Vaccination North-Western Provinces 1866-1877 - 1866-1877
Year: 1866
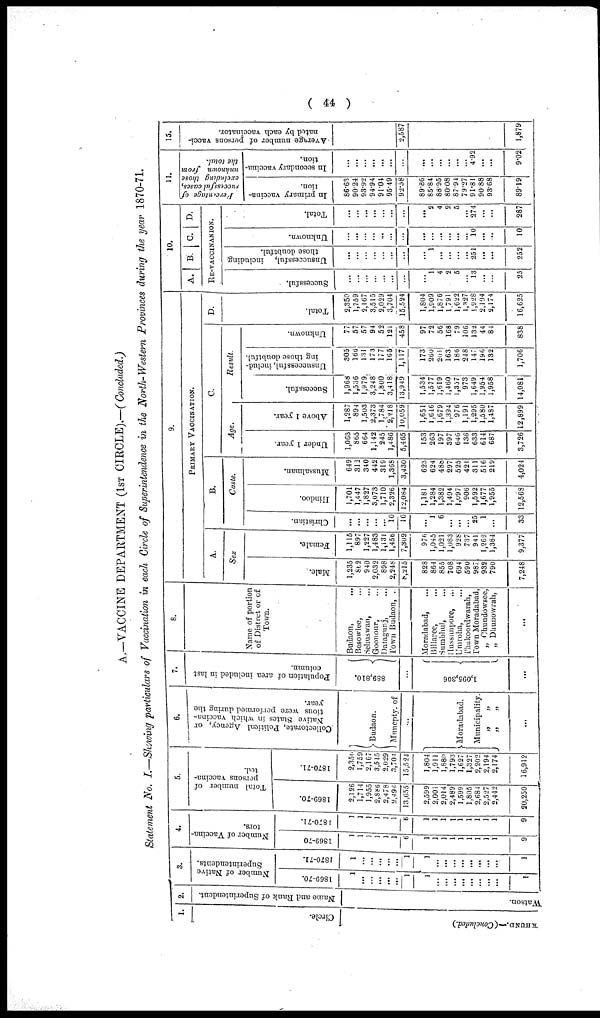
( 44 )
A.—VACCINE DEPARTMENT (1ST CIRCLE).—(Concluded.)
Statement No. I.—Showing particulars of Vaccination in each Circle of Superintendence in the North-Western Provinces during the year 1870-71.
1.
Circle.
KHUND.—(Concluded.)
2.
Name and Bank of Superintendent.
Watson.
3.
Number of Native
Superintendents.
1869-70.
1
...
...
...
...
...
1
1
...
...
...
...
...
...
...
...
1
1870-71.
1
...
...
...
...
...
1
1
...
...
...
...
...
...
...
...
1
4.
Number of Vaccina-
tors.
1869-70
1
1
1
1
1
1
6
1
1
1
1
1
1
1
1
1
9
1870-71.
1
1
1
1
1
1
6
1
1
1
1
1
1
1
1
1
9
5.
Total number of
persons vaccina-
ted.
1869-70.
2,126
1,714
1,955
2,886
2,478
2,496
13,655
2,599
2,001
2,014
2,489
1,599
1,805
2,684
2,527
2,442
20,250
1870-71.
2,350
1,759
2,167
3,515
2,029
3,704
15,524
1,804
1,911
1,880
1,793
1,627
1,327
2,202
2,194
2,174
16,912
6.
Collectorate, Political Agency, or
Native States in which vaccina¬
tions were performed during the
year.
Budaon.
Muncpty. of
...
Moradabad.
Municipality.
„ „
„
„
...
7.
Population of area included in last
column.
889,810.
...
1,095,306
...
8.
Name of portion
of Distrct or of
Town.
Budaon, ...
Besowlee, ...
Sehuswan, ...
Goonour, ...
Datagunj, ...
Town Budaon, .
Moradabad, ...
Billaree, ...
Sumbhul, ...
Hussunpore, ...
Umroha, ...
Thakoordwarah,
Town Moradabad,
„ Chundowsee,
„ Dhunowrah,
...
9.
PRIMARY VACCINATION.
A.
Sex
Male.
1,235
862
940
2,032
898
2,248
8,215
828
864
855
708
694
590
987
932
790
7,248
Female.
1,115
897
1,227
1,483
1,131
1,456
7,309
976
1,045
1,021
1,083
928
737
941
1,262
1,384
9,377
B.
Caste.
Christian.
...
...
...
...
... 10
10
...
1
6
...
...
... 25
1
...
33
Hindoo.
1,701
1,447
1,827
3,073
1,710
2,326
12,084
1,181
1,284
1,382
1,494
1,097
906
1,592
1,677
1,955
12,568
Mussalman.
649
312
340
442
319
1,368
3,430
623
624
488
297
525
421
311
516
219
4,024
C.
Age.
Under 1 year.
1,063
865
664
1,142
245
1,486
5,465
153
263
197
397
646
136
633
614
687
3,726
Above 1 year.
1,287
894
1,503
2,373
1,784
2,218
10,059
1,651
1,646
1,679
1,394
976
1,191
1,295
1,580
1,487
12,899
Result.
Successful.
1,968
1,536
1,979
3,248
1,800
3,418
13,949
1,534
1,577
1,619
1,460
1,357
973
1,649
1,954
1,958
14,081
Unsuccessful, includ-
ing those doubtful.
305
166
131
173
177
165
1,117
173
260
201
163
186
248
147
196
132
1,706
Unknown.
77
57
57
94
52
121
458
97
72
56
168
79
106
132
44
84
838
D.
Total.
2,350
1,759
2,167
3,515
2,029
3,704
15,524
1,804
1,909
1,876
1,791
1,622
1,327
1,928
2,194
2,174
16,625
10.
A. B. C. D.
RE-VACCINANION.
Successful.
...
...
...
...
...
...
...
...
1
4
2
5
... 13
...
...
25
Unsuccessful, including
those doubtful.
...
...
...
...
...
...
...
...
1
...
...
...
...
251
...
...
252
Unknown.
...
...
...
...
...
...
...
...
...
...
...
...
...
10
...
...
10
Total.
...
...
...
...
...
...
...
...
2
4
2
5
...
274
...
...
287
11.
percentage of
successful cases,
excluding those
unknown from
the total.
In primary vaccina¬
tion.
86.63
90.24
93.92
94.94
91.04
95.49
92.58
89.86
85.84
88.95
80.08
87.94
79.27
91.81
90.88
93.68
89.19
In secondary vaccina¬
tion.
...
...
...
...
...
...
...
...
...
...
...
...
... 4.92
...
...
9.02
12.
Average number of persons vacci-
nated by each vaccinator.
2,587
1,879